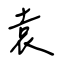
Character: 袁